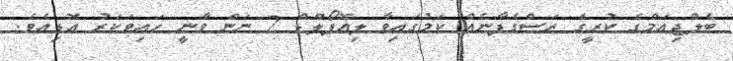
ބެލްޖިއަމްގެ ކުރީގެ ރަސްގެފާނެއް ކަމުގައިވާ ލިއޮޕޯލްޑް 2 ނަން ވާނީ ހައިވަކަރު އޮޑިއެވެ.